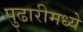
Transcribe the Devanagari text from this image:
पुढारीमध्ये